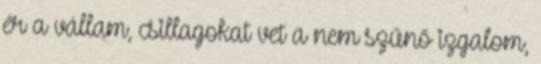
ér a vállam, csillagokat vet a nem szűnő izgalom,